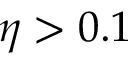
\eta > 0 . 1